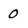
Character: O